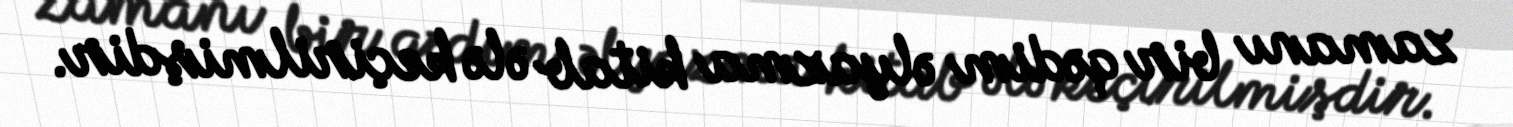
zamanı bir qədim əlyazma kitab ələ keçirilmişdir.